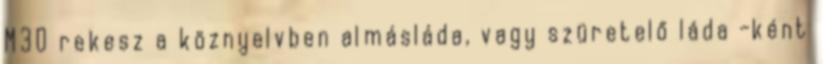
M30 rekesz a köznyelvben almásláda, vagy szüretelő láda -ként